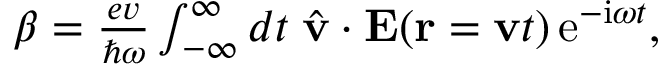
\begin{array} { r } { \beta = \frac { e v } { \hbar \omega } \int _ { - \infty } ^ { \infty } d t \; \hat { \bf v } \cdot { \bf E } ( { \bf r } = { \bf v } t ) \, \mathrm { e } ^ { - \mathrm { i } \omega t } , } \end{array}